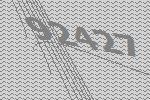
92427